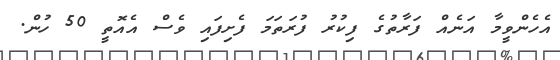
އެހެންވީމާ އަނެއް ފަރާތުގެ ފިކުރު ފުރަތަމަ ފެށިފައި ވެސް އެއޮތީ 50 ހުން.